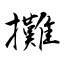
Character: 攤